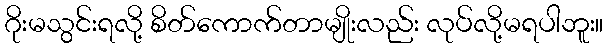
ဂိုးမသွင်းရလို့ စိတ်ကောက်တာမျိုးလည်း လုပ်လို့မရပါဘူး။